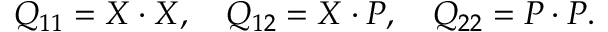
Q _ { 1 1 } = X \cdot X , \quad Q _ { 1 2 } = X \cdot P , \quad Q _ { 2 2 } = P \cdot P .